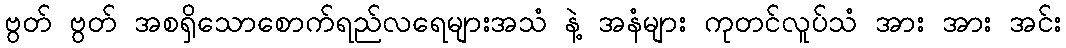
ဗွတ် ဗွတ် အစရှိသောစောက်ရည်လရေများအသံ နဲ့ အနံများ ကုတင်လူပ်သံ အား အား အင်း